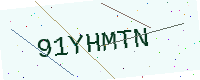
Text: 91YHMTN